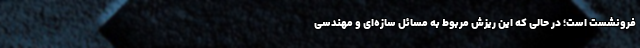
فرونشست است؛ در حالی که این ریزش مربوط به مسائل سازه‌ای و مهندسی